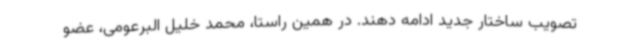
تصویب ساختار جدید ادامه دهند. در همین راستا، محمد خلیل البرعومی، عضو